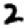
Digit: 2